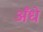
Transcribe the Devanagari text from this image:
अँधे